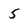
Character: 5